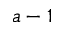
a - 1